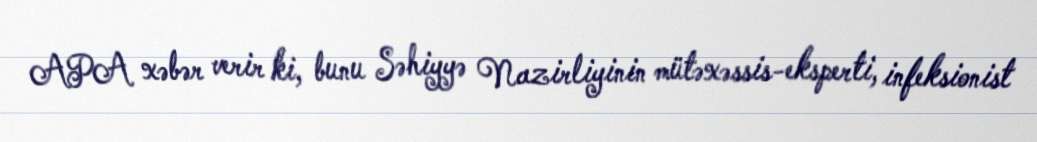
APA xəbər verir ki, bunu Səhiyyə Nazirliyinin mütəxəssis-eksperti, infeksionist